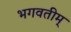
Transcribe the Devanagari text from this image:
भगवतीम्